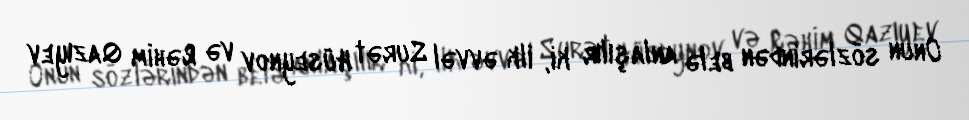
Onun sözlərindən belə anlaşılır ki, ilk əvvəl Surət Hüseynov və Rəhim Qazıyev